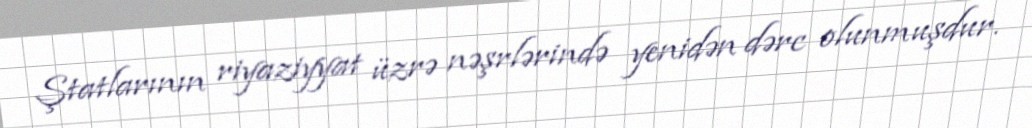
Ştatlarının riyaziyyat üzrə nəşrlərində yenidən dərc olunmuşdur.